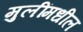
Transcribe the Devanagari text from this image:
मुलींमधील